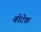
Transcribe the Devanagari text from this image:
बोटेक